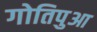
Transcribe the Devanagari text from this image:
गोतिपुआ